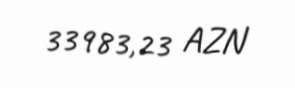
33983,23 AZN